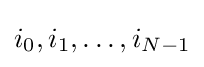
i_{0},i_{1},\ldots ,i_{N-1}